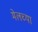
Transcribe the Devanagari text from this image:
मेलच्या